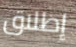
إطلاق